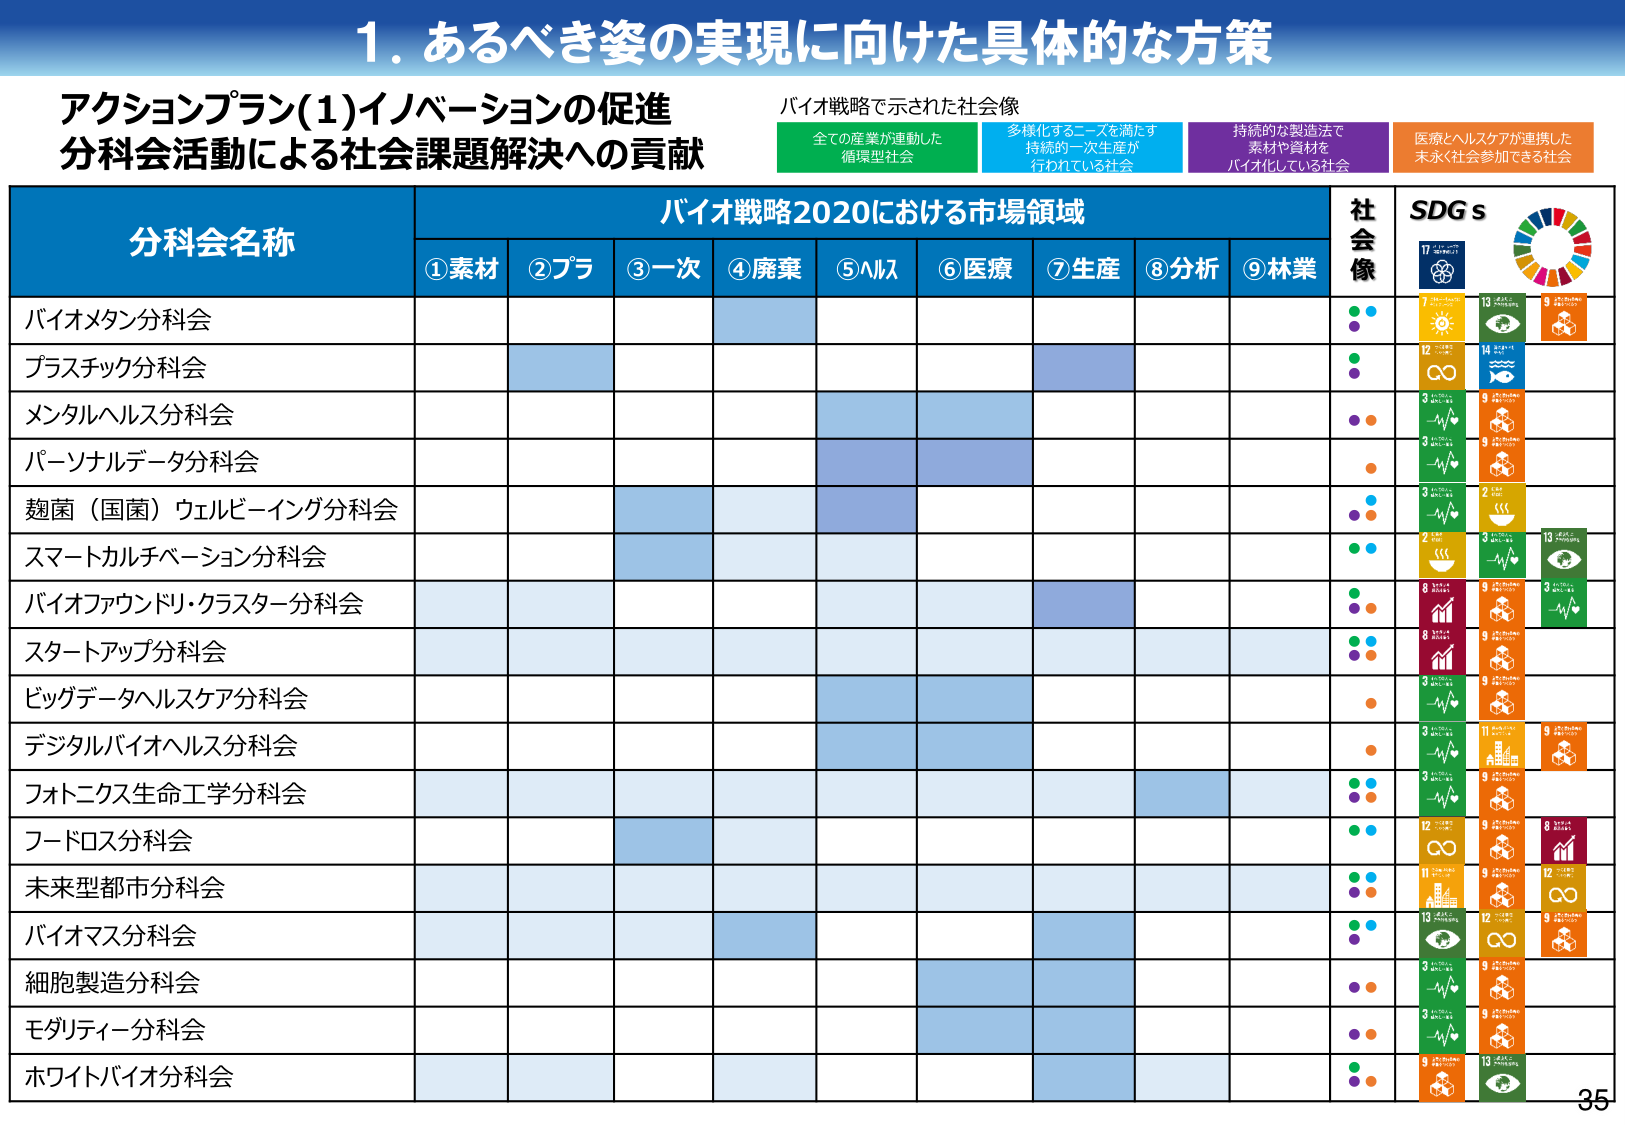
1. あるべき姿の実現に向けた具体的な方策

アクションプラン(1)イノベーションの促進
分科会活動による社会課題解決への貢献

バイオ戦略で示された社会像
全ての産業が連動した循環型社会
多様化するニーズを満たす持続的第一次生産が行われている社会
持続的な製造法で素材や資材をバイオ化している社会
医療とヘルスケアが連携した末永く社会参加できる社会

分科会名称
バイオ戦略2020における市場領域
①素材 ②プラ ③一次 ④廃棄 ⑤ヘルス ⑥医療 ⑦生産 ⑧分析 ⑨林業
社会像
SDGs

バイオメタン分科会
プラスチック分科会
メンタルヘルス分科会
パーソナルデータ分科会
麹菌（国菌）ウェルビーイング分科会
スマートカルチベーション分科会
バイオファウンドリ・クラスター分科会
スタートアップ分科会
ビッグデータヘルスケア分科会
デジタルバイオヘルス分科会
フォトニクス生命工学分科会
フードロス分科会
未来型都市分科会
バイオマス分科会
細胞製造分科会
モダリティー分科会
ホワイトバイオ分科会

SDGsのアイコンと番号（一部可読）：
17（地球のアイコン）
7（太陽のアイコン）
13（地球と目）
9（箱のアイコン）
12（無限大のアイコン）
14（魚のアイコン）
3（心電図のアイコン）
2（食器のアイコン）
8（グラフのアイコン）
10（目と地球のアイコン）
11（建物のアイコン）
12（無限大のアイコン）
13（地球と目）
6（水のアイコン）

ページ番号：35